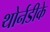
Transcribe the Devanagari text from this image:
थोर्नडीके